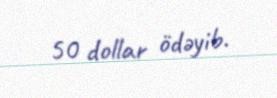
50 dollar ödəyib.